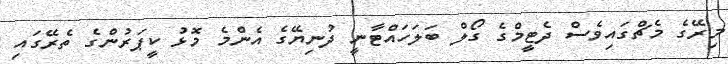
މިރޭގެ މެޗްގައިވެސް ދެޓީމްގެ ގޯލް ބަލަހައްޓާނީ ދުނިޔޭގެ އެންމެ މޮޅު ކީޕަރުންގެ ތެރޭގައި